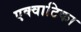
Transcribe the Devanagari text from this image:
एक्वाटिका